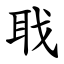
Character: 聀